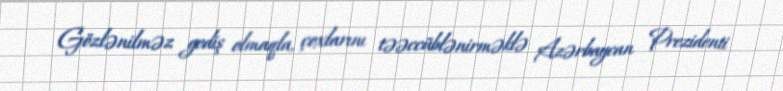
Gözlənilməz gediş olmaqla, çoxlarını təəccüblənirməklə Azərbaycan Prezidenti